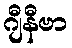
ဂျီနီဗာ